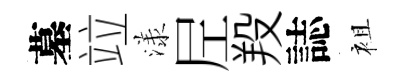
墓竝漾𡰱羖誌袓